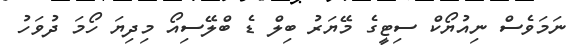
ނަމަވެސް ނިއުޔޯކް ސިޓީގެ މޭޔަރު ބިލް ޑެ ބްލޭސިއޯ މިދިޔަ ހޯމަ ދުވަހު